Report on malaria in the Punjab during the year ...  together with an account of the work of the Punjab Malaria Bureau - Volume 4
Disease focus: Malaria
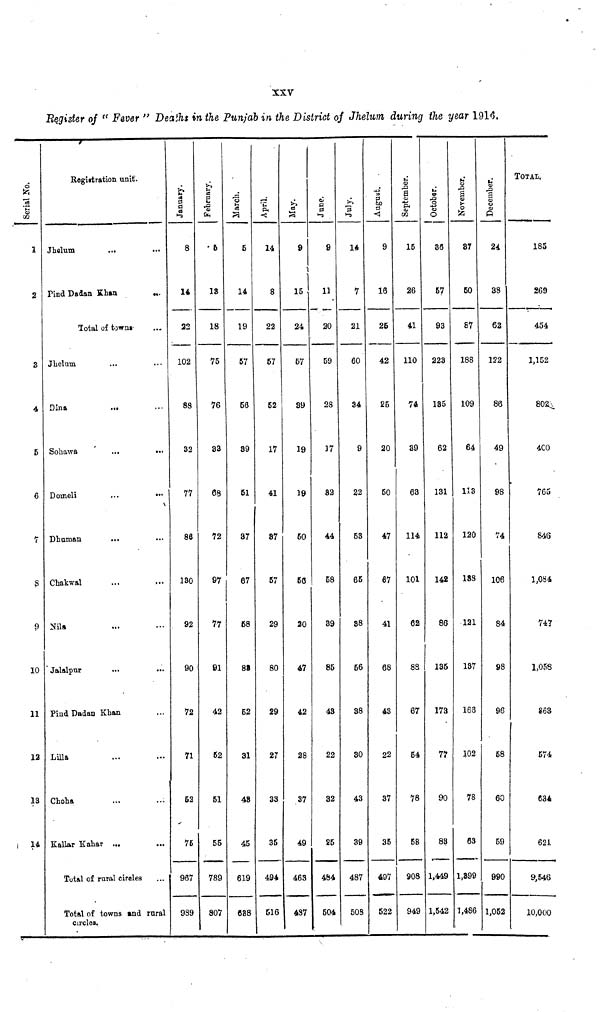
Begister of "Fever" Deaths in the Punjab in the District of Jhelum during (he year 1916.
Serial No.
1
2
3
4
5
6
7
8
9
10
11
12
13
14
Registration unit.
Jhelum
...
Pind Dadan Khan
...
Total of towns
Jhelum
Dina
...
Sohawa
...
...
Domeli
Dhuman
Chakwal
Nil»
Jalalpur
Pind Dadan Khan
Lilla
Cholia
Kallar Kahar ...
Total of rural circles
Total of towns and rural
circles.
January.
8
14
22
102
88
32
77
88
130
92
90
72
71
52
75
967
989
February.
• 6
18
18
75
76
83
08
72
97
77
91
42
62
51
55
789
807
5
14
19
57
56
89
51
37
67
68
88
62
31
48
45
619
688
April.
14
8
22
57
52
17
41
87
57
29
80
29
27
33
35
494
516
May.
9
15
24
57
39
19
19
60
66
20
47
42
28
87
49
463
487
June.
9
11
20
59
28
17
82
44
58
39
85
48
22
32
25
484
504
July.
14
7
21
60
34
9
22
63
65
88
56
38
80
43
39
487
508
August.
9
16
25
42
25
20
60
47
67
41
68
43
22
37
35
407
522
September.
15
26
41
110
74
89
63
114
101
62
88
67
54
78
58
908
949
October.
36
57
93
223
185
62
131
112
142
86
135
173
77
90
83
1,449
1,542
November.
87
50
87
188
109
64
113
120
188
121
187
163
102
78
63
1,399
1,486
December.
24
38
62
122
86
49
98
74
106
84
98
96
68
60
59
990
1,052
TOTAL.
185
269
454
1,152
4C0
765
846
1,034
747
1,058
863
574
634
621
9,546
10,000